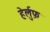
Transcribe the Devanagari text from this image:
हेर्लुफ़